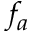
f _ { a }